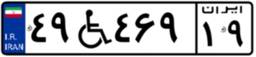
۳۱W۳۱۹۲۴